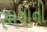
રમવાની